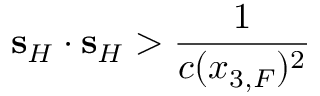
{ \bf s } _ { H } \cdot { \bf s } _ { H } > \frac { 1 } { c ( x _ { 3 , F } ) ^ { 2 } }